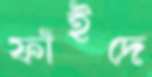
ফাঁইদে